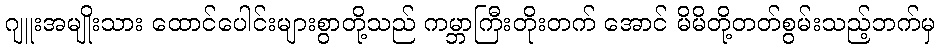
ဂျူးအမျိုးသား ထောင်ပေါင်းများစွာတို့သည် ကမ္ဘာကြီးတိုးတက် အောင် မိမိတို့တတ်စွမ်းသည့်ဘက်မှ